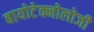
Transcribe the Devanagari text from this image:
बायोटेक्नोलोजी